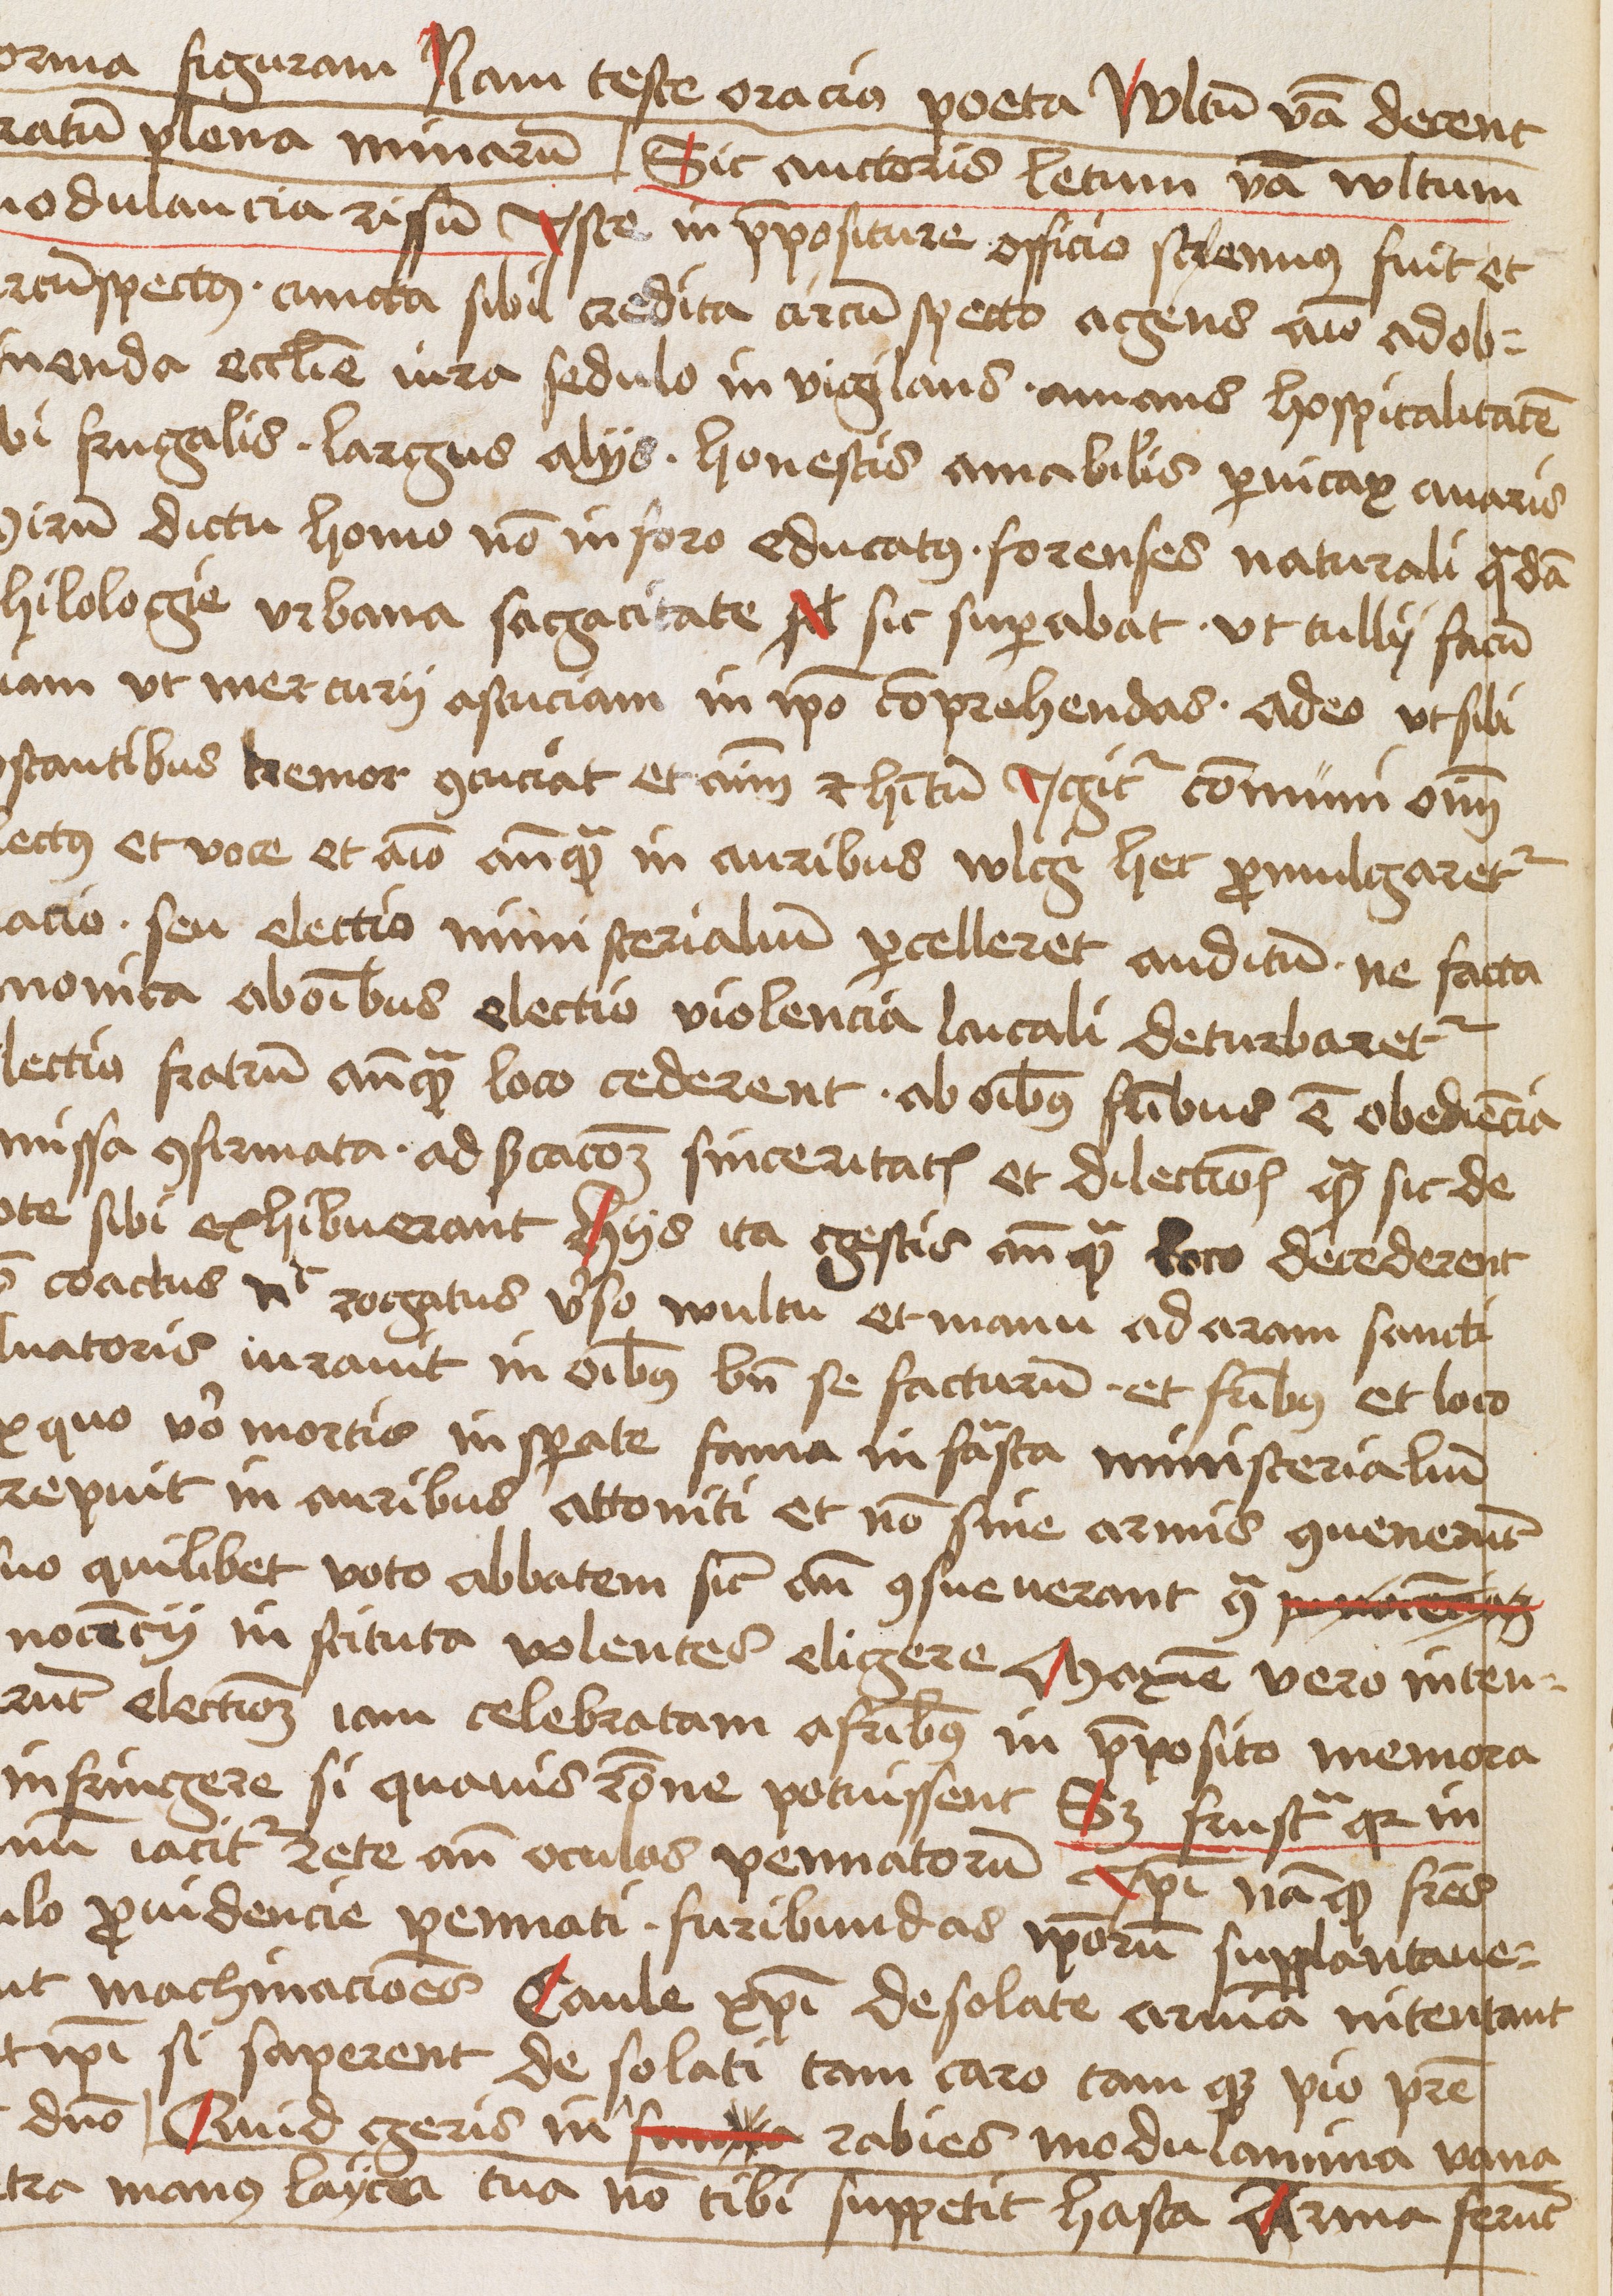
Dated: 1475–1495